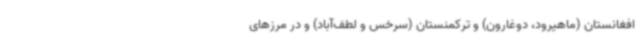
افغانستان (ماهیرود، دوغارون) و ترکمنستان (سرخس و لطف‌آباد) و در مرزهای